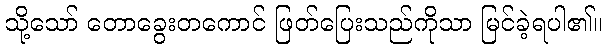
သို့သော် တောခွေးတကောင် ဖြတ်ပြေးသည်ကိုသာ မြင်ခဲ့ရပါ၏။